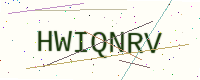
Text: HWIQNRV